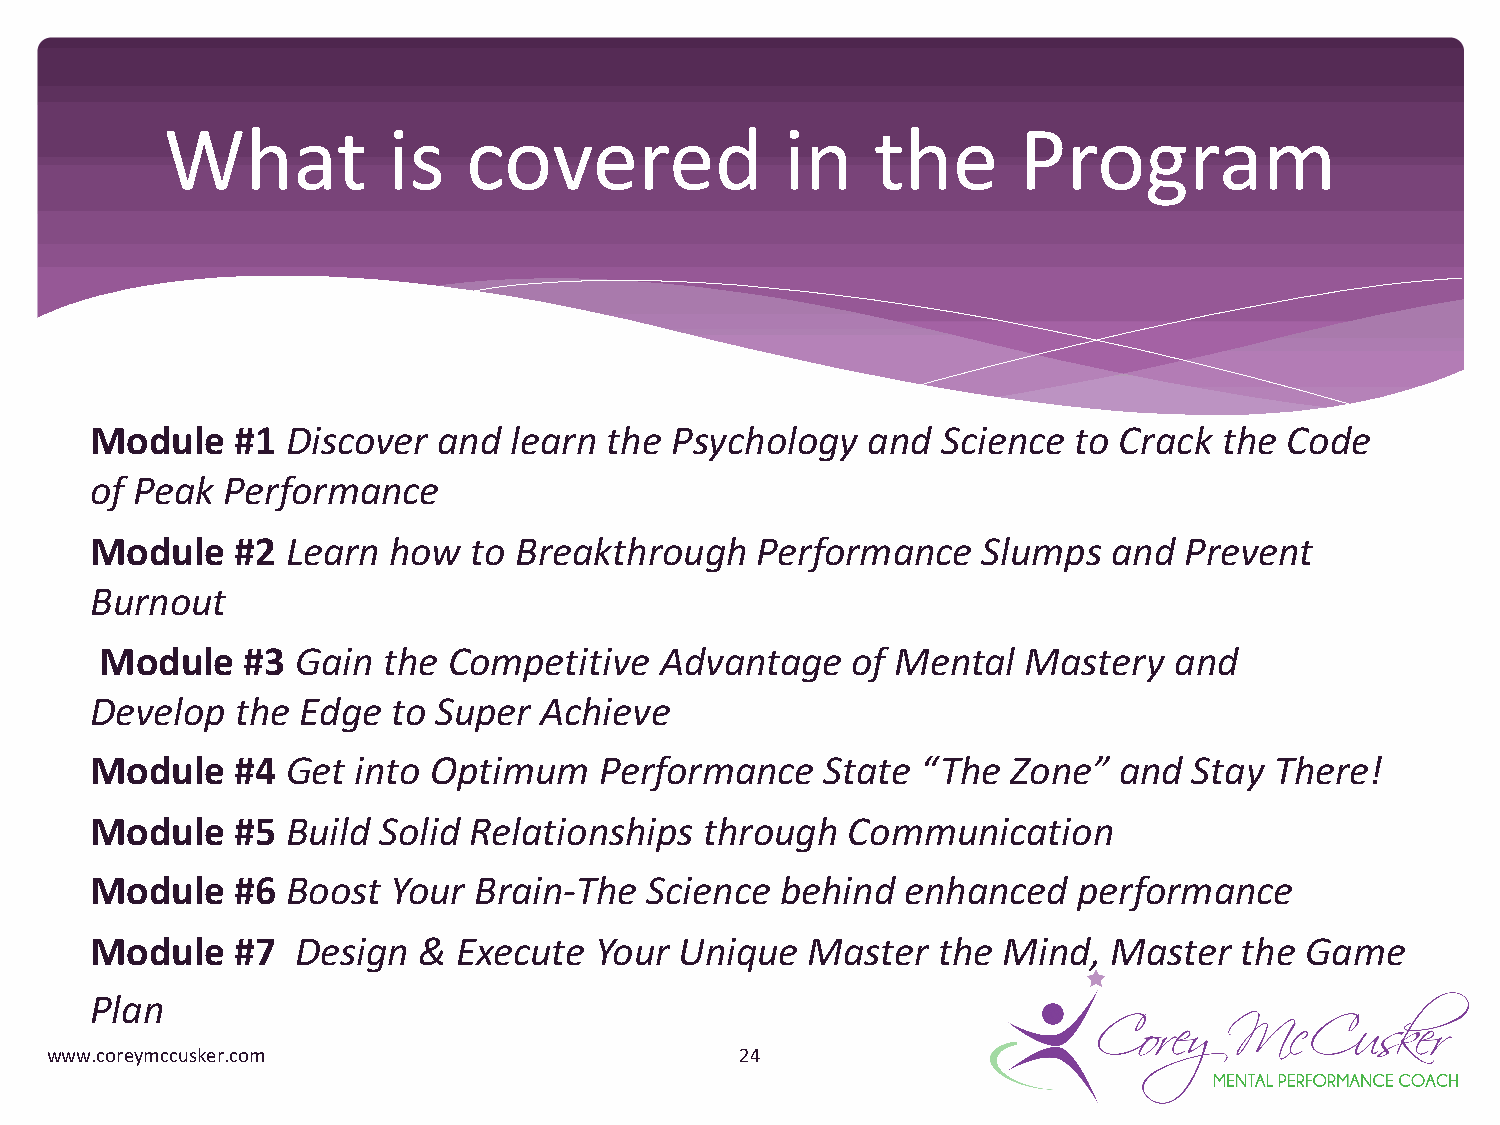
What           is   covered              in    the      Program
 Module    #1 Discover  and  learn the Psychology   and  Science  to Crack  the Code
 of Peak  Performance
 Module    #2 Learn  how  to Breakthrough    Performance    Slumps   and Prevent
 Burnout
 Module   #3  Gain the  Competitive   Advantage   of Mental   Mastery   and
 Develop   the Edge  to Super  Achieve
 Module    #4 Get into Optimum     Performance    State “The  Zone”  and  Stay There!
 Module    #5 Build Solid Relationships   through  Communication
 Module    #6 Boost  Your Brain-The   Science  behind  enhanced   performance
 Module    #7  Design  & Execute  Your  Unique   Master  the Mind,   Master  the Game
 Plan
 www.coreymccusker.com                         24